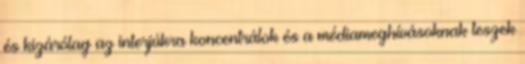
és kizárólag az interjúkra koncentrálok és a médiameghívásoknak teszek